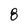
Character: 8